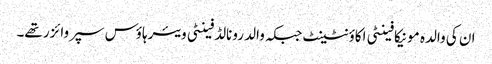
ان کی والدہ مونیکا فینٹی اکاؤنٹینٹ جبکہ والد رونالڈ فینٹی ویئرہاؤس سپروائزر تھے۔